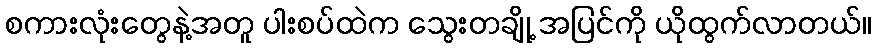
စကားလုံးတွေနဲ့အတူ ပါးစပ်ထဲက သွေးတချို့ အပြင်ကို ယိုထွက်လာတယ်။